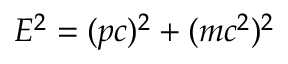
E ^ { 2 } = ( p c ) ^ { 2 } + ( m c ^ { 2 } ) ^ { 2 }